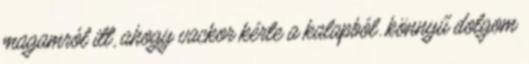
magamról itt, ahogy vackor kérte a kalapból. könnyű dolgom